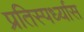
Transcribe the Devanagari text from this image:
प्रतिस्पर्ध्यास